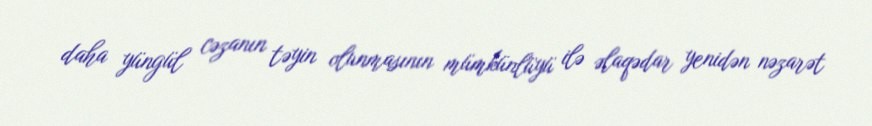
daha yüngül cəzanın təyin olunmasının mümkünlüyü ilə əlaqədar yenidən nəzarət